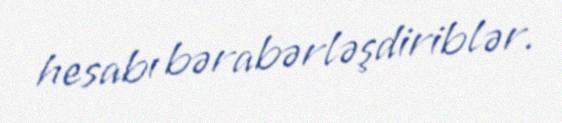
hesabı bərabərləşdiriblər.